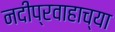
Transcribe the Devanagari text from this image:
नदीप्रवाहाच्या